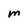
Character: M